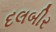
દલબીર